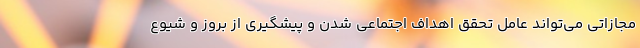
مجازاتی می‌تواند عامل تحقق اهداف اجتماعی شدن و پیشگیری از بروز و شیوع